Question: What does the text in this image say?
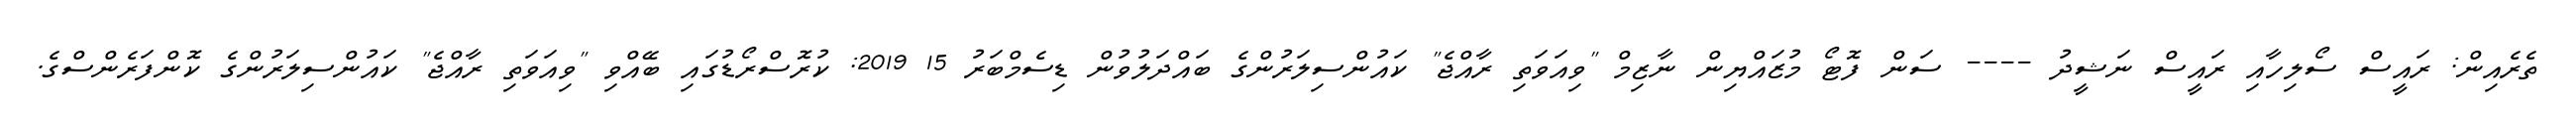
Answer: ތެރެއިން: ރައީސް ސޯލިހާއި ރައީސް ނަޝީދު ---- ސަން ފޮޓޯ މުޒައްޔިން ނާޒިމް "ވިއަވަތި ރާއްޖެ" ކައުންސިލަރުންގެ ބައްދަލުވުން ޑިސެމްބަރު 15 2019: ކުރޮސްރޯޑުގައި ބޭއްވި "ވިއަވަތި ރާއްޖެ" ކައުންސިލަރުންގެ ކޮންފަރެންސްގެ.